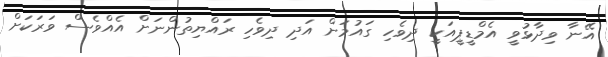
އޭނާ ވިދާޅުވީ އެމްޑީޕީއަކީ ދިވެހި ގައުމަށް އަދި ދިވެހި ރައްޔިތުންނަށް އެއްވެސް ވަރަކަށް